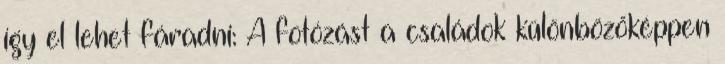
így el lehet fáradni: A fotózást a családok különbözőképpen